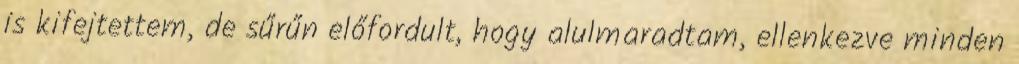
is kifejtettem, de sűrűn előfordult, hogy alulmaradtam, ellenkezve minden